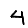
Digit: 4